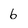
Character: b